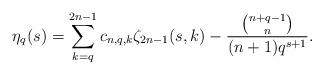
LaTeX: \begin{align*}\eta_q(s)=\sum_{k=q}^{2n-1}c_{n,q,k}\zeta_{2n-1}(s,k)-\frac{\binom{n+q-1}{ n}}{ (n+1) q^{s+1}}.\end{align*}